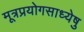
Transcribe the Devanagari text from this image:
मूत्रप्रयोगसाध्येषु